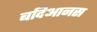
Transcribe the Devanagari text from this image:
बदिआनस